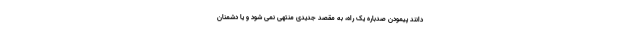
دانند پیمودن صدباره یک راه، به مقصد جدیدی منتهی نمی شود و یا دشمنان